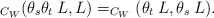
\begin{align*} _{C_W}(\theta_s\theta_t\: L,L) = _{C_W}(\theta_t \:L,\theta_s\: L). \end{align*}